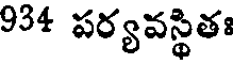
934 పర్యవస్థితః